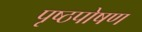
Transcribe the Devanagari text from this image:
पृष्ठपोषण